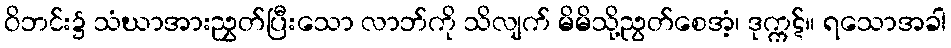
ဝိဘင်း၌ သံဃာအားညွှတ်ပြီးသော လာဘ်ကို သိလျက် မိမိသို့ညွတ်စေအံ့၊ ဒုက္ကဋ်။ ရသောအခါ